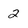
Character: 2